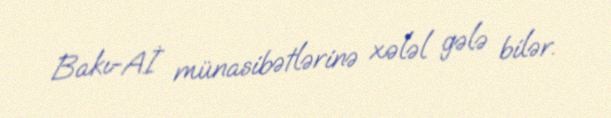
Bakı-Aİ münasibətlərinə xələl gələ bilər.